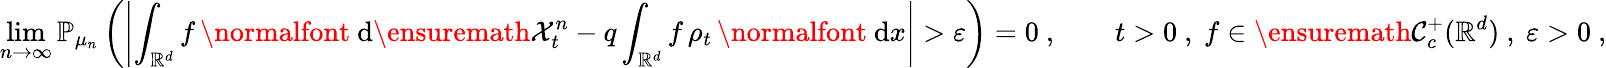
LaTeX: \operatorname*{lim}_{n\to\infty}{\mathbb P}_{\mu_{n}}\left(\left|\int_{{\mathbb R}^{d}}f\, \mathrm{\normalfont~d}\ensuremath{\mathcal X}_{t}^{n}-q\int_{{\mathbb R}^{d}}f\, \rho_{t}\, \mathrm{\normalfont~d}x\right|>\varepsilon\right)=0\ ,\qquad t>0\ ,\ f\in\ensuremath{\mathcal C}_{c}^{+}({\mathbb R}^{d})\ ,\ \varepsilon>0\ ,